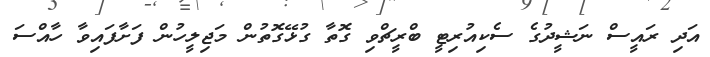
އަދި ރައީސް ނަޝީދުގެ ސެކިއުރިޓީ ބްރީޗްވި ގޮތާ ގުޅޭގޮތުން މަޖިލީހުން ފަށާފައިވާ ހާއްސަ